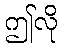
ဤလို